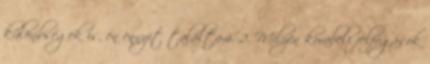
különbségek is, én ennyit találtam. 2. Milyen korabeli felfogások